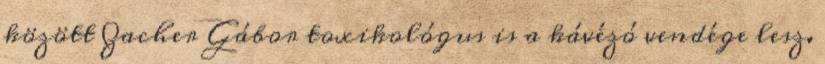
között Zacher Gábor toxikológus is a kávézó vendége lesz.